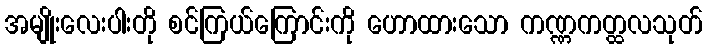
အမျိုးလေးပါးတို စင်ကြယ်ကြောင်းကို ဟောထားသော ကဏ္ဏကတ္ထလသုတ်